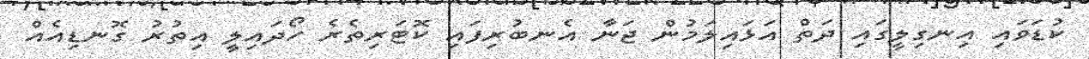
ކުޑަވައި އިނގިލީގައި ދަތް އަޅައިލަމުން ޖަނާ އެނބުރިފައި ކޮޓަރިތެރެ ހޯދައިލީ އިތުރު ގޮނޑިއެއް